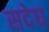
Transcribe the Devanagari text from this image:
सदेघ